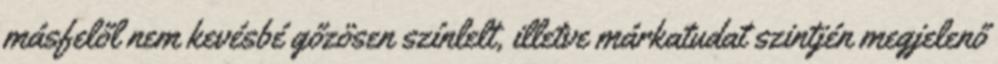
másfelől nem kevésbé gőzösen színlelt, illetve márkatudat szintjén megjelenő